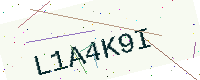
Text: L1A4K9I